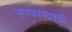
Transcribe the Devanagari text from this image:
सरकारवरची